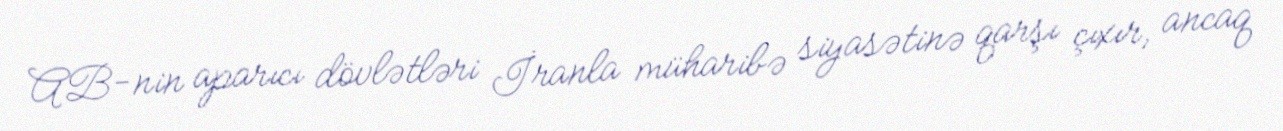
AB-nin aparıcı dövlətləri İranla müharibə siyasətinə qarşı çıxır, ancaq